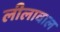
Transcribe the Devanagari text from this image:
लीलावाल